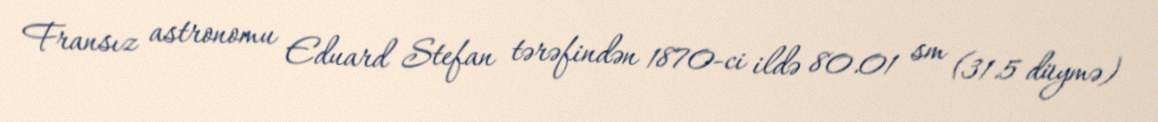
Fransız astronomu Eduard Stefan tərəfindən 1870-ci ildə 80.01 sm (31.5 düymə)